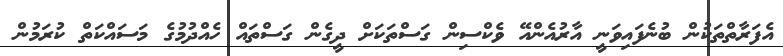
އެފަރާތްތަކުން ބުނެފައިވަނީ އާރުއެންއޭ ވެކްސިން ގަސްތަކަށް ދީގެން ގަސްތައް ހެއްދުމުގެ މަސައްކަތް ކުރަމުން